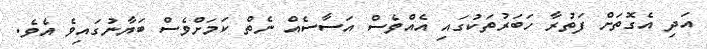
އަދި އެގޮތަށް ފަތުރާ ހަބަރުތަކުގައި އެއްވެސް އަސާސެއް ނެތް ކަމަށްވެސް ބަޔާނުގައިވެ އެވެ.